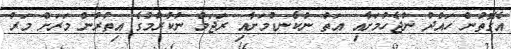
އެގޮތުން ހައްދު ނުޖެހުމަށާއި އަތް ނުކެނޑުމަށާއި ރަޖަމް ނުކުރުމުގެ އިތުރުން މަރަށް މަރު